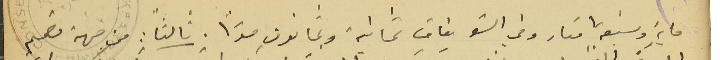
ماية وسبعة امتار وفي الشويفات ثمانية وثمانون مترًا. ثالثا : من جهة تصميم